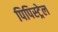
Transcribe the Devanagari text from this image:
पिपिस्ट्रेल